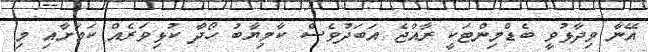
އޭނާ ވިދާޅުވީ ބެޑްމިންޓަކީ ރާއްޖެ އަބަދުވެސް ކާމިޔާބު ހޯދާ ކުޅިވަރެއް ކަމަށާއި މި